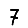
Digit: 7